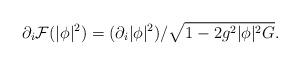
LaTeX: \begin{align*}\partial_i{\cal F}(|\phi|^2)=(\partial_i |\phi|^2)/\sqrt{1-2g^2|\phi|^2 G}.\end{align*}